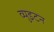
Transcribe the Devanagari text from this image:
व्युइटन